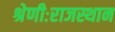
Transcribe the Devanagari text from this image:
श्रेणीःराजस्थान